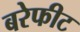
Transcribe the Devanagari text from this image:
बरेफीट